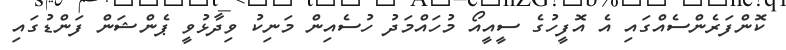
ކޮންފަރެންސެއްގައި އެ އޮފީހުގެ ސީއީއޯ މުހައްމަދު ހުސެއިން މަނިކު ވިދާޅުވީ ޕެންޝަން ފަންޑުގައި